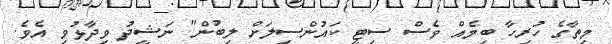
މިތާގެ ހުރިހާ ބިމެއް ވެސް ސިޓީ ކައުންސިލަށް ލިބުން" ނަޝީދު ވިދާޅުވި އެވެ.